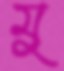
মু